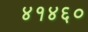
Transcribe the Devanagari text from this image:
४१४६०